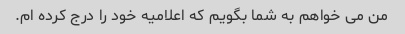
من می خواهم به شما بگویم که اعلامیه خود را درج کرده ام.